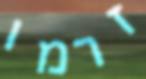
זרמו